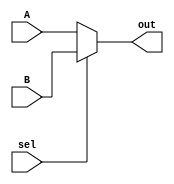
`timescale 1ns / 1ps
//////////////////////////////////////////////////////////////////////////////////
// Company: 
// Engineer: 
// 
// Design Name: 
// Module Name:    mux_16 
// Project Name: 
// Target Devices: 
// Tool versions: 
// Description: 
//
// Dependencies: 
//
// Revision: 
// Revision 0.01 - File Created
// Additional Comments: 
//
//////////////////////////////////////////////////////////////////////////////////
module mux_16(A, B, sel, out); // a 2 to 1 16-bit multiplexer
	input [15:0] A, B;
	input sel;
	output reg [15:0] out;
	
	always @ (A or B or sel)
	begin
	out = (sel) ?B : A;
	end
endmodule